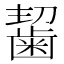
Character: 𪘂